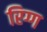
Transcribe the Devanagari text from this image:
रिग्ग